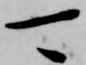
可